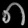
Digit: ၈